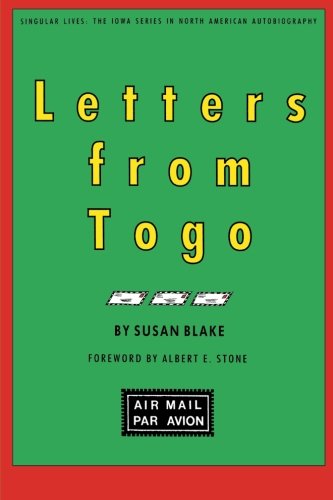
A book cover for Letters from Togo (Singular Lives); Susan Blake; Travel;